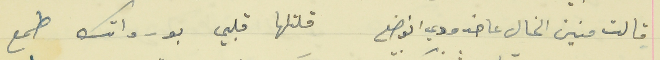
قالت منين الخال عا خدودي انوضع                              قلتلها قلبي بورداتك طمع